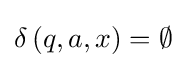
\delta \left(q,a,x\right)=\emptyset